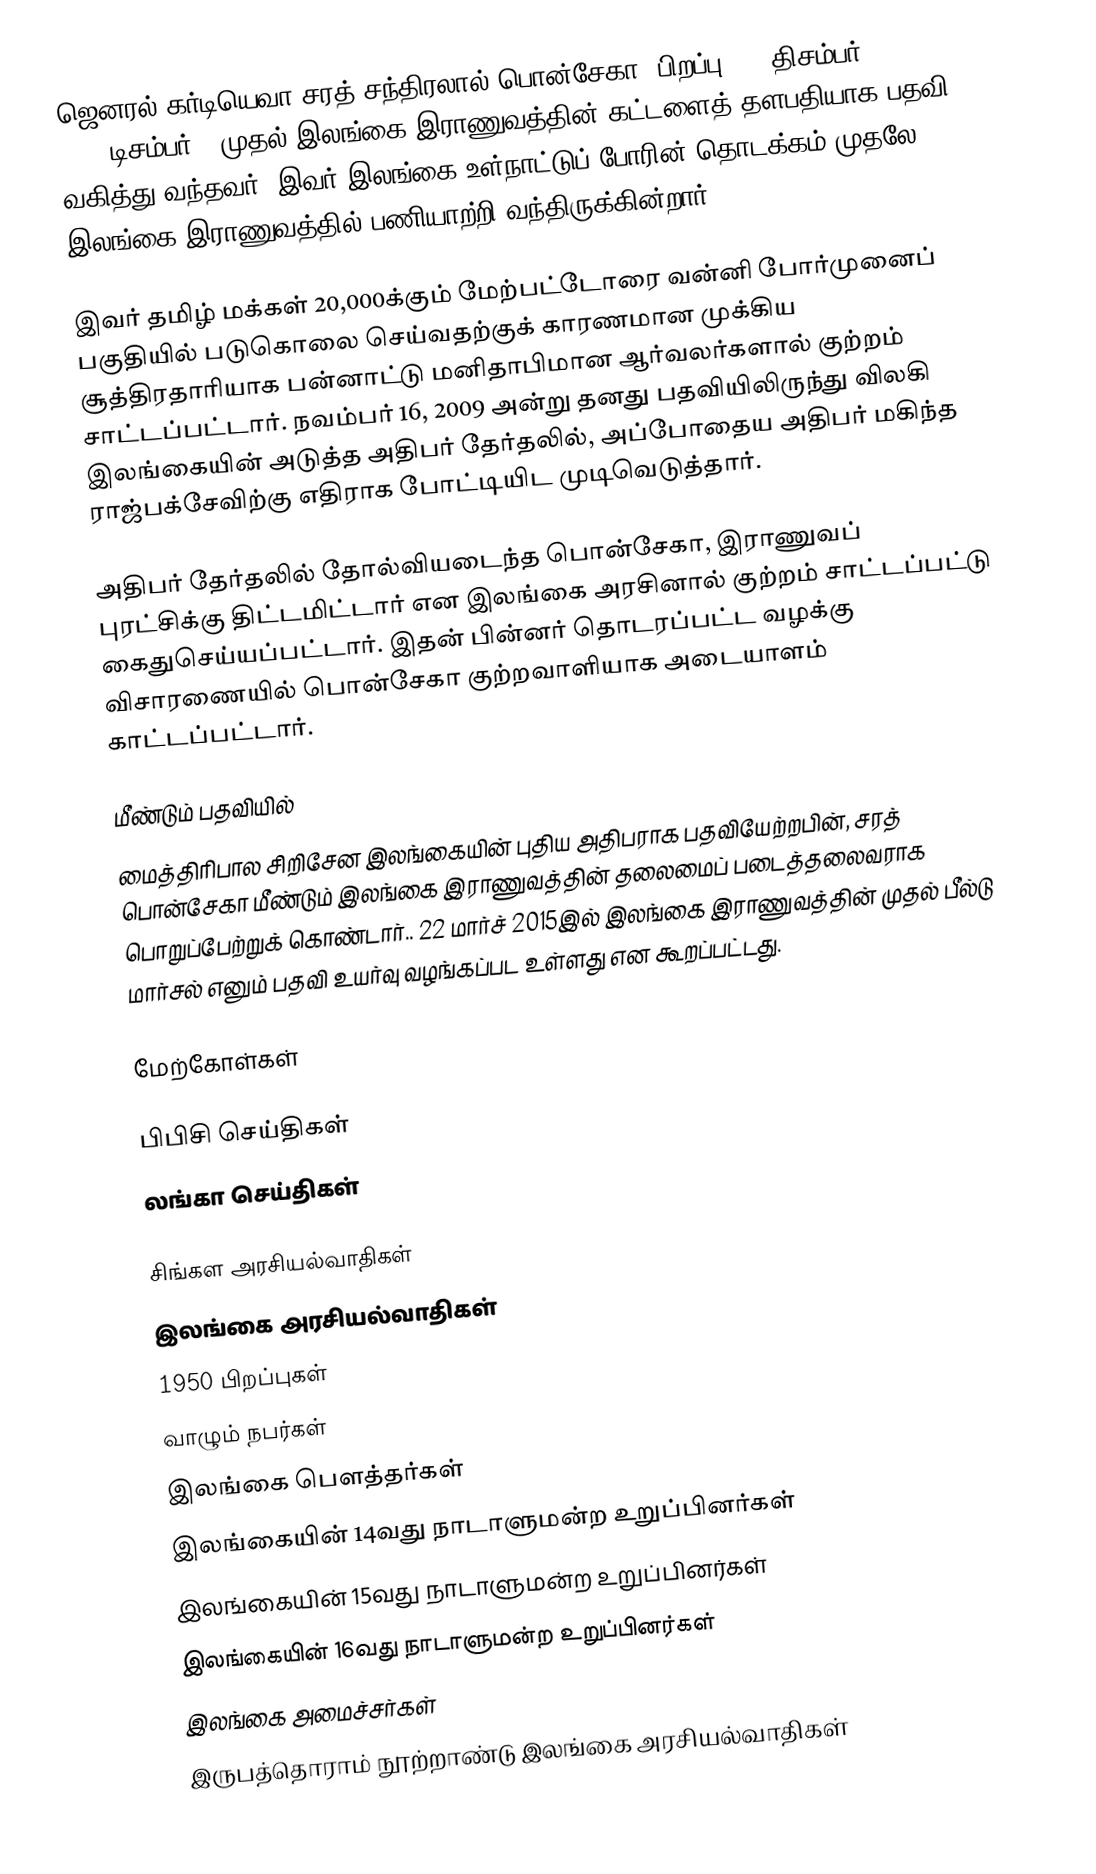
ஜெனரல் கர்டியெவா சரத் சந்திரலால் பொன்சேகா (பிறப்பு: 18 திசம்பர் 1950) 2005 டிசம்பர் 6 முதல் இலங்கை இராணுவத்தின் கட்டளைத் தளபதியாக பதவி வகித்து வந்தவர். இவர் இலங்கை உள்நாட்டுப் போரின் தொடக்கம் முதலே இலங்கை இராணுவத்தில் பணியாற்றி வந்திருக்கின்றார்.

இவர் தமிழ் மக்கள் 20,000க்கும் மேற்பட்டோரை வன்னி போர்முனைப் பகுதியில் படுகொலை செய்வதற்குக் காரணமான முக்கிய சூத்திரதாரியாக பன்னாட்டு மனிதாபிமான ஆர்வலர்களால் குற்றம் சாட்டப்பட்டார். நவம்பர் 16, 2009 அன்று தனது பதவியிலிருந்து விலகி இலங்கையின் அடுத்த அதிபர் தேர்தலில், அப்போதைய அதிபர் மகிந்த ராஜ்பக்சேவிற்கு எதிராக போட்டியிட முடிவெடுத்தார்.

அதிபர் தேர்தலில் தோல்வியடைந்த பொன்சேகா, இராணுவப் புரட்சிக்கு திட்டமிட்டார் என இலங்கை அரசினால் குற்றம் சாட்டப்பட்டு கைதுசெய்யப்பட்டார். இதன் பின்னர் தொடரப்பட்ட வழக்கு விசாரணையில் பொன்சேகா குற்றவாளியாக அடையாளம் காட்டப்பட்டார்.

மீண்டும் பதவியில்
மைத்திரிபால சிறிசேன இலங்கையின் புதிய அதிபராக பதவியேற்றபின், சரத் பொன்சேகா மீண்டும் இலங்கை இராணுவத்தின் தலைமைப் படைத்தலைவராக பொறுப்பேற்றுக் கொண்டார்.. 22 மார்ச் 2015இல் இலங்கை இராணுவத்தின் முதல் பீல்டு மார்சல் எனும் பதவி உயர்வு வழங்கப்பட உள்ளது என கூறப்பட்டது.

மேற்கோள்கள்

 பிபிசி செய்திகள்
 லங்கா செய்திகள்

சிங்கள அரசியல்வாதிகள்
இலங்கை அரசியல்வாதிகள்
1950 பிறப்புகள்
வாழும் நபர்கள்
இலங்கை பௌத்தர்கள்
இலங்கையின் 14வது நாடாளுமன்ற உறுப்பினர்கள்
இலங்கையின் 15வது நாடாளுமன்ற உறுப்பினர்கள்
இலங்கையின் 16வது நாடாளுமன்ற உறுப்பினர்கள்
இலங்கை அமைச்சர்கள்
இருபத்தொராம் நூற்றாண்டு இலங்கை அரசியல்வாதிகள்